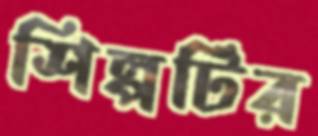
শিল্পটির